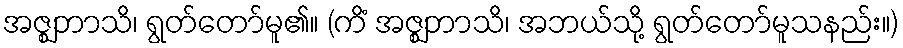
အဇ္ဈဘာသိ၊ ရွတ်တော်မူ၏။ (ကိံ အဇ္ဈဘာသိ၊ အဘယ်သို့ ရွတ်တော်မူသနည်း။)